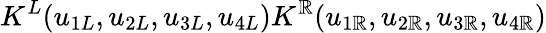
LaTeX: K^{L}(u_{1L},u_{2L},u_{3L},u_{4L})K^{\mathbb{R}}(u_{1\mathbb{R}},u_{2\mathbb{R}},u_{3\mathbb{R}},u_{4\mathbb{R}})